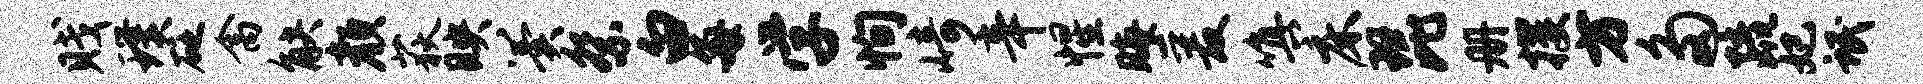
贱璞砭禽觖颜荻映翼祭白每学恂崎辛惺晦爰嗔床琵册攫方多疏妃氓